Civil Veterinary Department Bengal reports 1933-51 - 1933-1951
Year: 1933
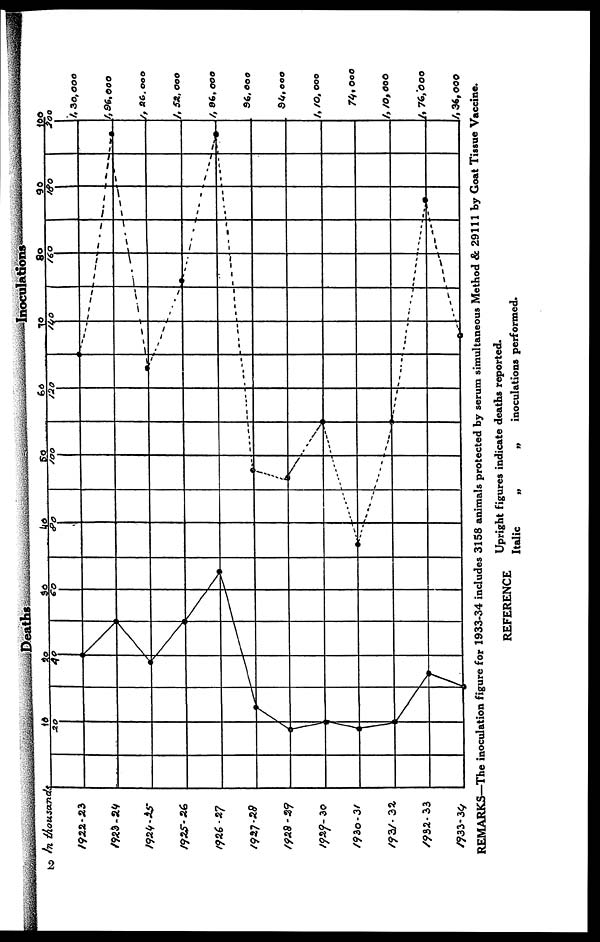
REMARKS—The inoculation figure for 1933-34 includes 3158 animals protected by serum simultaneous Method & 29111 by Goat Tissue Vaccine.
REFERENCE Upright figures indicate deaths reported.
Italic
„
„
inoculations performed.